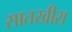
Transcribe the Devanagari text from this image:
सातखीरा